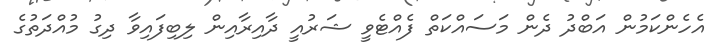
އެހެންކަމުން އަބްދު ދެން މަސައްކަތް ފެއްޓެވީ ޝަރުއީ ދާއިރާއިން ލިބިފައިވާ ދިގު މުއްދަތުގެ